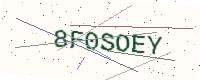
Text: 8F0SOEY